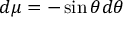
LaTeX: d \mu = - \sin \theta d \theta